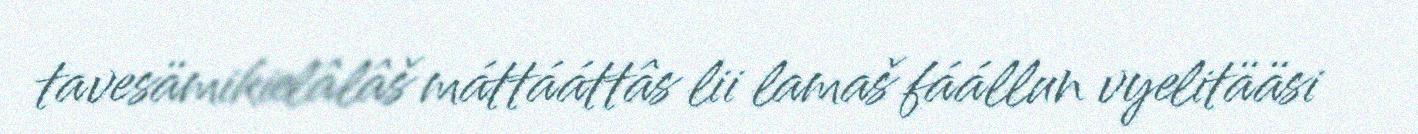
tavesämikielâlâš máttááttâs lii lamaš fáállun vyelitääsi